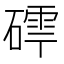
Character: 𮀽